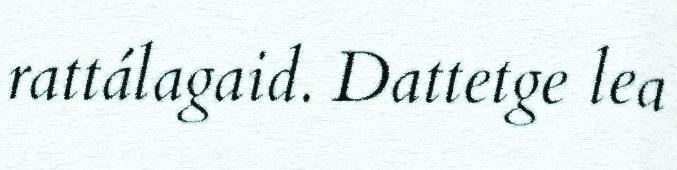
rattálagaid. Dattetge lea